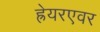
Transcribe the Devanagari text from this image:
ह्रेयरएवर